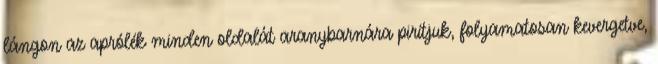
lángon az aprólék minden oldalát aranybarnára pirítjuk, folyamatosan kevergetve,